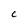
Character: C